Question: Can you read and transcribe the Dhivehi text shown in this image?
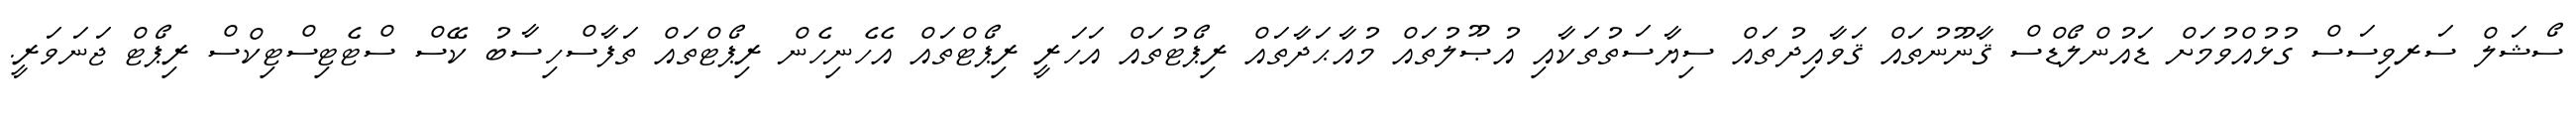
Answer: ސޯޝަލް ސަރވިސަސް ގުޅުއްވުމަށް ޑައުންލޯޑްސް ޤާނޫނުތައް ޤަވާއިދުތައް ސިޔާސަތުތަކާއި އުޞޫލުތައް މުއާޙަދާތައް ރިޕޯޓުތައް އަހަރީ ރިޕޯޓްތައް އެހެނިހެން ރިޕޯޓްތައް ތަފާސްހިސާބު ކޭސް ސްޓެޓިސްޓިކްސް ރިޕޯޓް ޖަނަވަރީ.